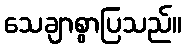
သေချာစွာပြသည်။